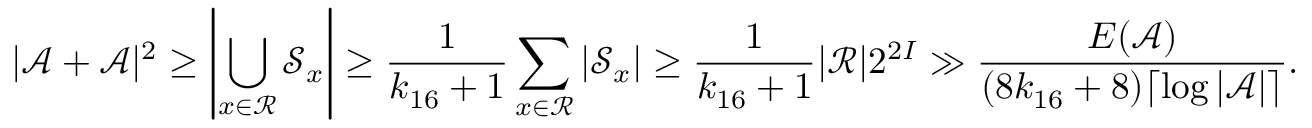
| \mathcal { A } + \mathcal { A } | ^ { 2 } \geq \left| \bigcup _ { x \in \mathcal { R } } \mathcal { S } _ { x } \right| \geq \frac { 1 } { k _ { 1 6 } + 1 } \sum _ { x \in \mathcal { R } } \left| \mathcal { S } _ { x } \right| \geq \frac { 1 } { k _ { 1 6 } + 1 } | \mathcal { R } | 2 ^ { 2 I } \gg \frac { E ( \mathcal { A } ) } { ( 8 k _ { 1 6 } + 8 ) \lceil \log | \mathcal { A } | \rceil } .